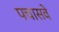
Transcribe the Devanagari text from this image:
पचासवे